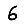
Digit: 6